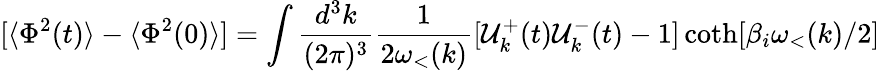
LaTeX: [\langle\Phi^{2}(t)\rangle-\langle\Phi^{2}(0)\rangle]=\int\frac{d^{3}k}{(2\pi)^{3}}\frac{1}{2\omega_{<}(k)}[{\cal{U}}_{k}^{+}(t){\cal{U}}_{k}^{-}(t)-1]\coth[\beta_{i}\omega_{<}(k)/2]